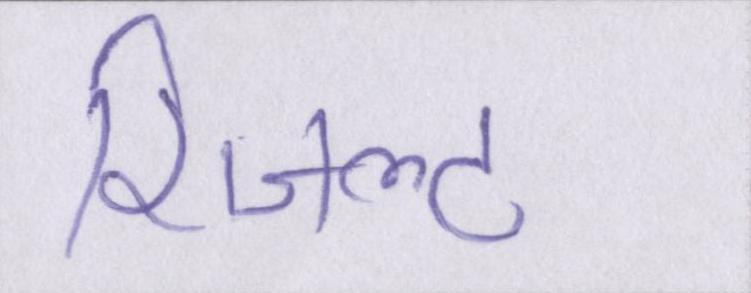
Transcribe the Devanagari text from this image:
रिजल्ट